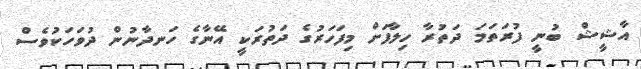
އާޝީޝް ބުނީ ފުރަތަމަ ދަތުރާ ހިލާފަށް މިފަހަރުގެ ދަތުރަކީ އޭނާގެ ހަނދާނުން ދުވަހަކުވެސް